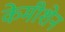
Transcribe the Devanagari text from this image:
केमीशेन